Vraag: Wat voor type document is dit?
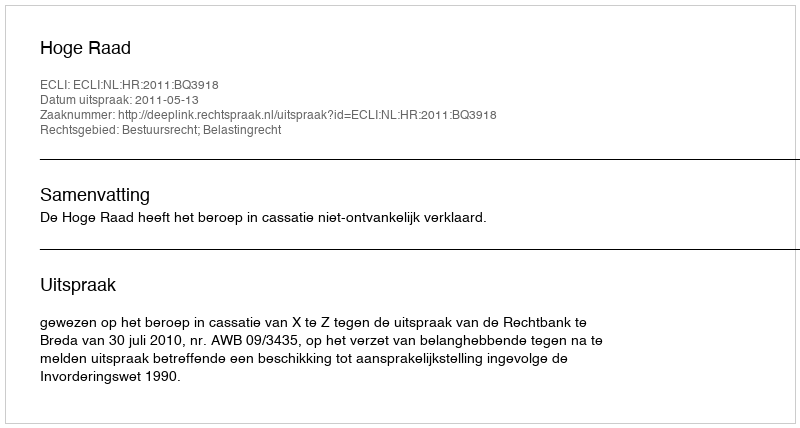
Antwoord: Uitspraak